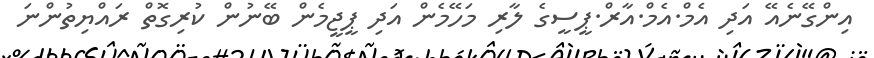
އިންގޭނެއޭ އަދި އެމް.އެމް.އާރް.ޕީސީގެ ލާރި މަހޭމެން އަދި ޕީޖީމެން ބޭނުން ކުރިގޮތް ރައްޔިތުންނަ